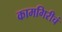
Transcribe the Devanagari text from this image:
कामगिरीचं